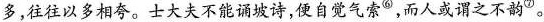
多，往往以多相夸。士大夫不能诵坡诗，便自觉气索^{⑥}，而人或谓之不韵^{⑦}。